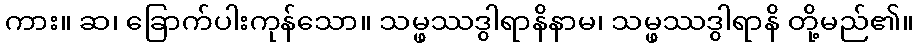
ကား။ ဆ၊ ခြောက်ပါးကုန်သော။ သမ္ဖဿဒွါရာနိနာမ၊ သမ္ဖဿဒွါရာနိ တို့မည်၏။